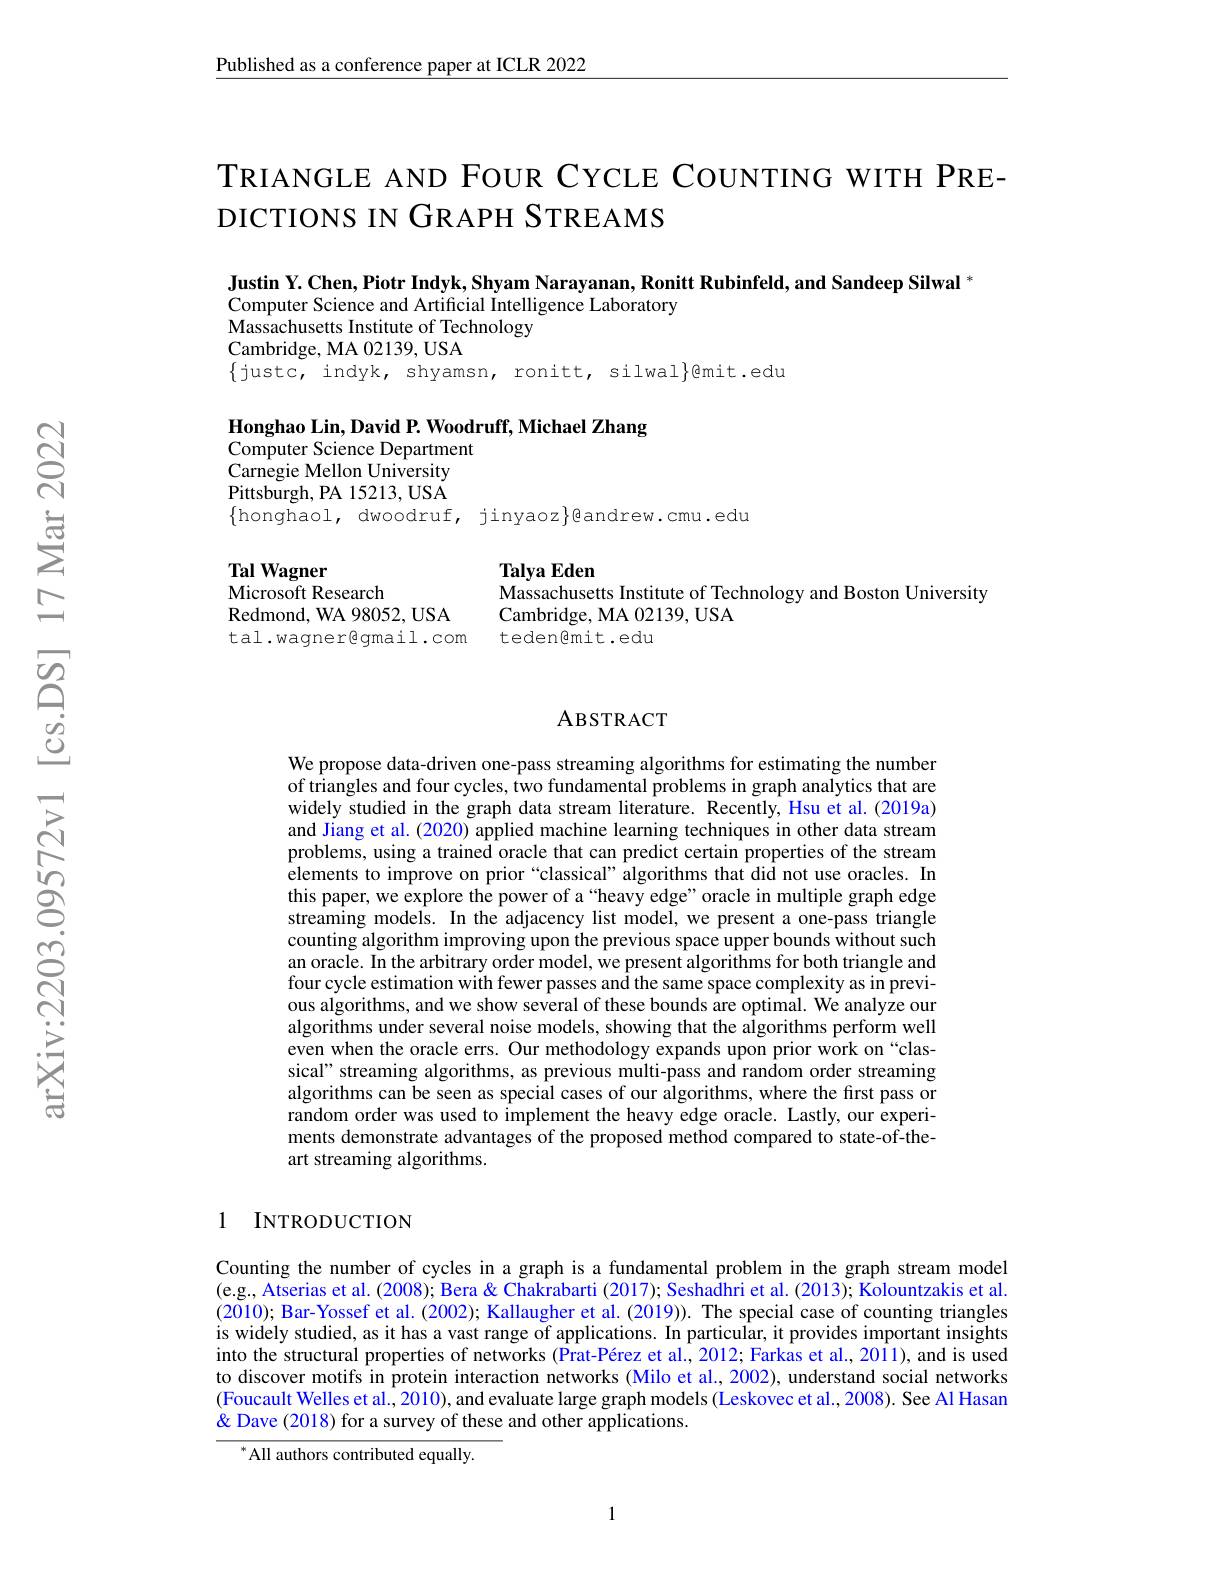
$\underline{\text{Published as a conference paper at ICLR 2022}}$

# TRIANGLE AND FOUR CYCLE COUNTING WITH PREDICTIONS IN GRAPH STREAMS

Justin Y. Chen, Piotr Indyk, Shyam Narayanan, Ronitt Rubinfeld, and Sandeep Silwal *
Computer Science and Artificial Intelligence Laboratory
Massachusetts Institute of Technology
Cambridge, MA 02139, USA
$\{$justc, indyk, shyamsn, ronitt, silwal$\}$@mit.edu

Honghao Lin, David P. Woodruff, Michael Zhang
Computer Science Department
Carnegie Mellon University Pittsburgh, PA 15213, USA $\{$honghaol, dwoodruf, jinyaoz$\}$eandrew.cmu.edu

Tal Wagner
Microsoft Research
Redmond, WA 98052, USA tal.wagner@gmail.com

$\textbf{Talya Eden}$
Massachusetts Institute of Technology and Boston University
Cambridge, MA 02139, USA
teden@mit.edu

### ABSTRACT

We propose data-driven one-pass streaming algorithms for estimating the number of triangles and four cycles, two fundamental problems in graph analytics that are widely studied in the graph data stream literature. Recently, Hsu et al. (2019a) and Jiang et al. (2020) applied machine learning techniques in other data stream problems, using a trained oracle that can predict certain properties of the stream elements to improve on prior “classical” algorithms that did not use oracles. In this paper, we explore the power of a“heavy edge”oracle in multiple graph edge streaming models. In the adjacency list model, we present a one-pass triangle counting algorithm improving upon the previous space upper bounds without such an oracle. In the arbitrary order model, we present algorithms for both triangle and four cycle estimation with fewer passes and the same space complexity as in previous algorithms, and we show several of these bounds are optimal. We analyze our algorithms under several noise models, showing that the algorithms perform well even when the oracle errs. Our methodology expands upon prior work on “classical" streaming algorithms, as previous multi-pass and random order streaming algorithms can be seen as special cases of our algorithms, where the first pass or random order was used to implement the heavy edge oracle. Lastly, our experiments demonstrate advantages of the proposed method compared to state-of-theart streaming algorithms.

1 INTRODUCTION

Counting the number of cycles in a graph is a fundamental problem in the graph stream model (e.g., Atserias et al. (2008); Bera & Chakrabarti (2017); Seshadhri et al. ( 2013) ; Kolountzakis et al. (2010); Bar-Yossef et al. (2002); Kallaugher et al. (2019)). The special case of counting triangles is widely studied, as it has a vast range of applications. In particular, it provides important insights into the structural properties of networks (Prat-Pérez et al., 2012; Farkas et al., 2011), and is used to discover motifs in protein interaction networks (Milo et al., 2002), understand social networks (Foucault Welles et al., 2010), and evaluate large graph models (Leskovec et al., 2008). See Al Hasan & Dave (2018) for a survey of these and other applications.
$^{*}$All authors contributed equally.

1